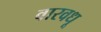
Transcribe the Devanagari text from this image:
वारवधू